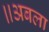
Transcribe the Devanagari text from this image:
॥अबला